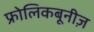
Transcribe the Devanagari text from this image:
फ्रोलिकबूनीज़